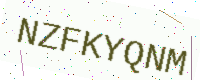
Text: NZFKYQNM